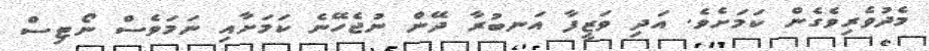
މެދުވެރިވެގެން ކަމަށެވެ. އަދި ވަޒީފާ އަނބުރާ ދޭން ނުޖެހޭނެ ކަމަށާއި ނަމަވެސް ނޯޓިސް